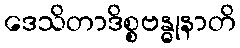
ဒေသိတာဒိစ္စဗန္ဓုနာတိ